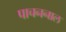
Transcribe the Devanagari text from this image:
पाचननाल